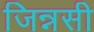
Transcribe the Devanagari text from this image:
जिन्नसी